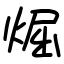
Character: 煀